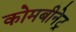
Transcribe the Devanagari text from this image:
कोमबीनेट्र